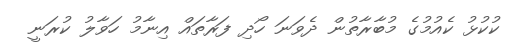
ކުކުޅު ކެއުމުގެ މުބާރާތުން ދެވަނަ ހޯދި ފަރާތައް އިނާމު ހަވާލު ކުރަނީ